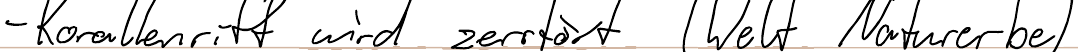
- Korallenriff wird zerstört (Welt Naturerbe)